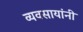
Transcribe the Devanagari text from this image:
व्यवसायांनी